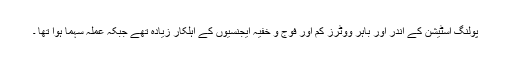
پولنگ اسٹیشن کے اندر اور باہر ووٹرز کم اور فوج و خفیہ ایجنسیوں کے اہلکار زیادہ تھے جبکہ عملہ سہما ہوا تھا ۔